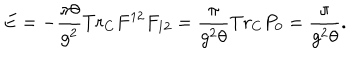
LaTeX: E = - \frac { \pi \theta } { g ^ { 2 } } T r _ { C } F ^ { 1 2 } F _ { 1 2 } = \frac { \pi } { g ^ { 2 } \theta } T r _ { C } P _ { 0 } = \frac { \pi } { g ^ { 2 } \theta } .